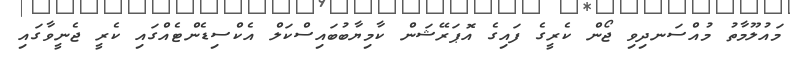
މައުލޫމާތު މުއްސަނދިވި ޖޯން ކެރީގެ ފައިގެ އޮޕަރޭޝަން ކާމިޔާބުބައިސްކަލް އެކްސިޑެންޓެއްގައި ކެރީ ޖެނީވާގައި